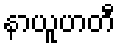
နာယူဟတီ